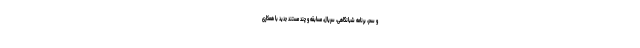
و سحر، برنامه‌ شبانگاهی، سریال، مسابقه و چند مستند جدید با همکاری